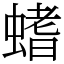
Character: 螧